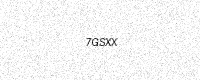
Text: 7GSXX